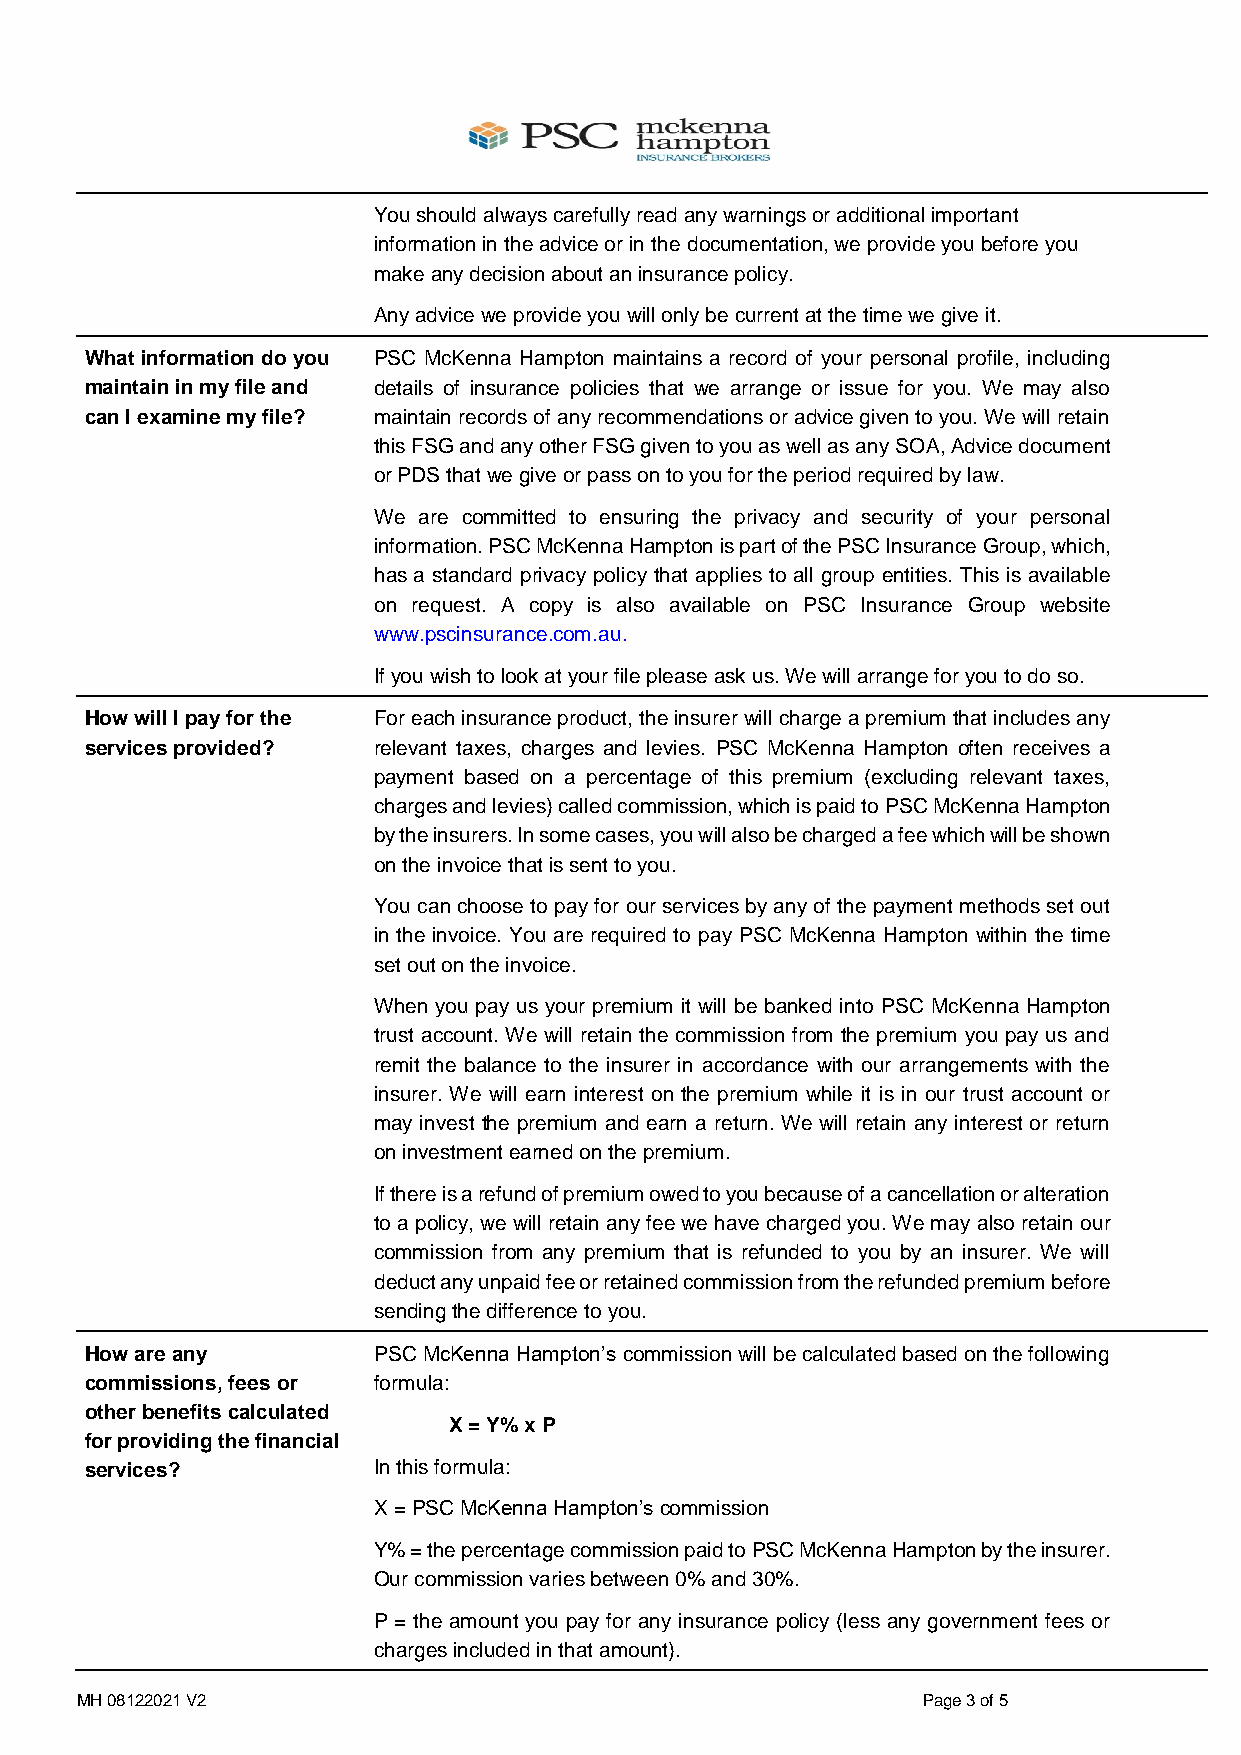
You should always carefully read any warnings or additional important
 information in the advice or in the documentation, we provide you before you
 make any decision about an insurance policy.
 Any advice we provide you will only be current at the time we give it.
 What information do you PSC McKenna Hampton maintains a record of your personal profile, including
 maintain in my file and details of insurance policies that we arrange or issue for you. We may also
 can I examine my file? maintain records of any recommendations or advice given to you. We will retain
 this FSG and any other FSG given to you as well as any SOA, Advice document
 or PDS that we give or pass on to you for the period required by law.
 We are committed to ensuring the privacy and security of your personal
 information. PSC McKenna Hampton is part of the PSC Insurance Group, which,
 has a standard privacy policy that applies to all group entities. This is available
 on request. A copy is also available on PSC Insurance Group website
 www.pscinsurance.com.au.
 If you wish to look at your file please ask us. We will arrange for you to do so.
 How will I pay for the For each insurance product, the insurer will charge a premium that includes any
 services provided? relevant taxes, charges and levies. PSC McKenna Hampton often receives a
 payment based on a percentage of this premium (excluding relevant taxes,
 charges and levies) called commission, which is paid to PSC McKenna Hampton
 by the insurers. In some cases, you will also be charged a fee which will be shown
 on the invoice that is sent to you.
 You can choose to pay for our services by any of the payment methods set out
 in the invoice. You are required to pay PSC McKenna Hampton within the time
 set out on the invoice.
 When you pay us your premium it will be banked into PSC McKenna Hampton
 trust account. We will retain the commission from the premium you pay us and
 remit the balance to the insurer in accordance with our arrangements with the
 insurer. We will earn interest on the premium while it is in our trust account or
 may invest the premium and earn a return. We will retain any interest or return
 on investment earned on the premium.
 If there is a refund of premium owed to you because of a cancellation or alteration
 to a policy, we will retain any fee we have charged you. We may also retain our
 commission from any premium that is refunded to you by an insurer. We will
 deduct any unpaid fee or retained commission from the refunded premium before
 sending the difference to you.
 How are any        PSC McKenna Hampton’s commission will be calculated based on the following
 commissions, fees or formula:
 other benefits calculated
 X = Y% x P
 for providing the financial
 services?          In this formula:
 X = PSC McKenna Hampton’s commission
 Y% = the percentage commission paid to PSC McKenna Hampton by the insurer.
 Our commission varies between 0% and 30%.
 P = the amount you pay for any insurance policy (less any government fees or
 charges included in that amount).
 MH 08122021 V2                                          Page 3 of 5